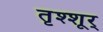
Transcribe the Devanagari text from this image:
तृश्शूर्